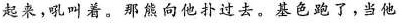
起来，吼叫着。那熊向他扑过去。基色跑了，当他